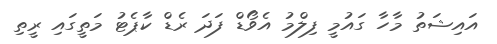
އައިޝަތު މާހާ ގައުމީ ފިލްމު އެވޯޑް ފަދަ ރެޑް ކާޕެޓު މަތީގައި ރީތި